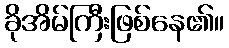
ခိုအိမ်ကြီးဖြစ်နေ၏။